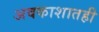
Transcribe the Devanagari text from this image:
अवकाशातही